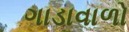
ગાડાવાળો